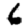
Digit: 6